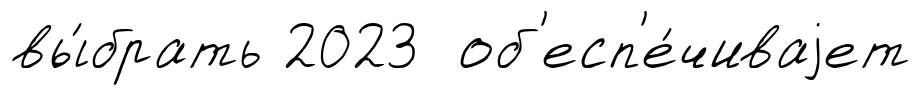
вы́брать 2023 об'есп'е́чиваjет